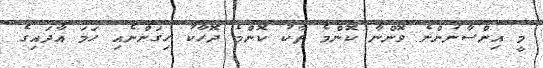
މީ އިންސާނުންނެ ވޮންނާ ކޮންމެ ތާކު ކޮންމެ ދޮހާކު ހިގަންނެއި ހަމަ އާދައިގެ